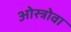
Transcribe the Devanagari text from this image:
ओस्त्रोवा